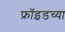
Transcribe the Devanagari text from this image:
फ्रॉइडच्या